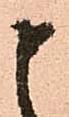
申